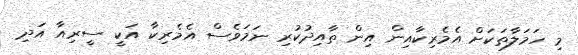
މި ހަމަލާތަކަށް އެމެރިކާއިން އިން ތާއިދުކުރި ނަމަވެސް އެމެރިކާ އަކީ ސީރިއާ އަދި